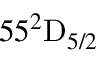
5 5 ^ { 2 } \mathrm { D } _ { 5 / 2 }